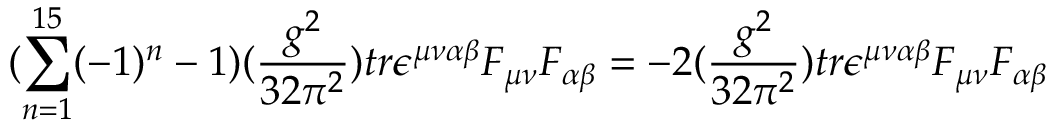
( \sum _ { n = 1 } ^ { 1 5 } ( - 1 ) ^ { n } - 1 ) ( \frac { g ^ { 2 } } { 3 2 \pi ^ { 2 } } ) t r \epsilon ^ { \mu \nu \alpha \beta } F _ { \mu \nu } F _ { \alpha \beta } = - 2 ( \frac { g ^ { 2 } } { 3 2 \pi ^ { 2 } } ) t r \epsilon ^ { \mu \nu \alpha \beta } F _ { \mu \nu } F _ { \alpha \beta }